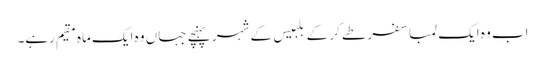
اب وہ ایک لمبا سفر طے کر کے بلبیس کے شہر پہنچے جہاں وہ ایک ماہ مقیم رہے۔